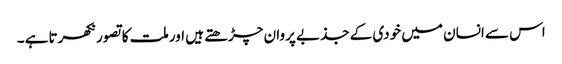
اس سے انسان میں خودی کے جذبے پروان چڑھتے ہیں اورملت کاتصورنکھرتاہے ۔